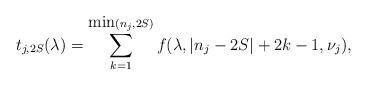
LaTeX: \begin{align*}t_{j,2S}(\lambda) = \sum_{k=1}^{\mbox{min}(n_j,2S)} f(\lambda,|n_j-2S|+2k-1,\nu_j),\end{align*}